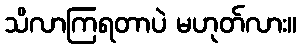
သိလာကြရတာပဲ မဟုတ်လား။